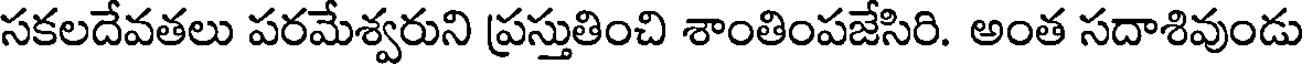
సకలదేవతలు పరమేశ్వరుని ప్రస్తుతించి శాంతింపజేసిరి. అంత సదాశివుండు